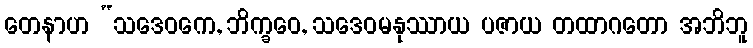
တေနာဟ “သဒေဝကေ, ဘိက္ခဝေ, သဒေဝမနုဿာယ ပဇာယ တထာဂတော အဘိဘူ